Vaccination in Bombay 1902-1912 - 1902-1912
Year: 1902
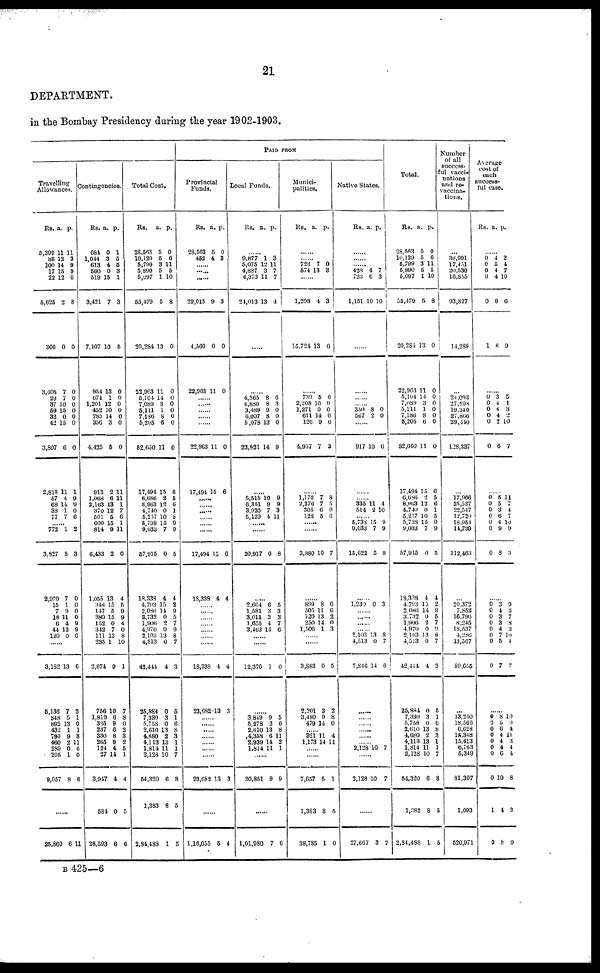
21
DEPARTMENT.
in the Bombay Presidency during the year 1902-1903.
Travelling
Allowances.
Rs.
5,399
83
100
17
22
5,625
360
3,605
29
37
59
32
42
3,807
2,813
57
68
38
77
a.
11
12
14
15
12
2
0
7
7
10
15
0
15
6
11
4
14
1
7
p.
11
3
9
9
0
8
0
0
0
0
0
0
0
0
1
9
9
0
6
......
772
3,927
2,970
15
7
18
6
44
120
1
8
7
1
9
11
4
12
0
2
3
0
0
0
0
9
9
0
......
3,182
5,136
848
892
43
793
460
289
205
9,057
13
7
5
13
1
9
2
0
0
8
6
3
1
0
1
8
11
6
0
6
......
25,860 6
11
Contingencies.
Rs.
684
1,044
613
560
619
3,421
7,107
954
674
1,201
452
785
356
4,425
913
1,068
2,163
370
501
600
814
6,433
1,055
348
147
280
152
342
111
235
2,674
756
1,819
335
237
330
265
124
27
3,917
584
28,593
a.
0
3
4
0
15
7
10
13
1
12
10
14
3
5
2
6
13
12
5
15
9
2
13
15
5
15
0
7
13
1
9
10
6
9
6
8
9
4
11
4
0
6
p.
1
5
5
3
1
3
5
0
0
0
0
0
0
0
11
11
1
7
6
1
11
0
4
5
9
9
4
0
8
10
1
7
8
0
2
3
2
5
1
4
5
6
Total Cost.
Rs.
28,563
10,129
5,799
5,890
5,097
55,479
20,284
22,963
5,104
7,089
5,111
7,186
5,205
62,660
17,494
6,686
8,963
4,740
5,257
5,738
9,033
57,915
18,338
4,793
2,086
3,732
1,906
4,970
2,103
4,513
42,444
25,884
7,330
5,758
2,610
4,680
4,113
1,814
2,128
54,320
1,383
2,84,488
a.
5
5
3
5
1
5
13
11
14
3
1
8
6
11
15
2
12
0
10
15
7
0
4
15
14
0
2
0
13
0
4
0
3
0
13
2
13
11
10
6
8
1
p.
0
6
11
5
10
8
0
0
0
0
0
0
0
0
6
5
6
1
5
9
9
5
4
2
9
5
7
9
8
7
3
5
1
6
8
3
1
1
7
8
5
5
PAID FROM
Provincial
Funds.
Rs.
28,563
452
a.
5
4
p.
0
3
......
......
......
29,015
4,560
22,963
9
0
11
3
0
0
......
......
......
......
......
22,963
17,494
11
15
0
6
......
......
......
......
......
17,494
18,338
15
4
6
4
......
......
......
......
......
......
......
18,338
23,682
4
13
4
3
......
......
......
......
......
......
......
23,682 13 3
......
1,16,055 5 4
Local Funds.
Rs. a. p.
......
9,677
5,075
4,887
4,373
24,013
1
12
3
11
13
3
11
7
7
4
......
......
4,365
4,880
3,489
6,007
5,078
23,821
8
8
9
8
13
14
6
3
0
0
0
9
......
5,515
6,351
3,920
5,129
10
9
7
4
9
9
3
11
......
20,917 0 8
......
2,664
1,581
3,011
1,655
3,463
6
3
3
4
15
5
3
3
7
6
......
......
12,376 1 0
......
3,849
5,278
2,610
4,358
2,939
1,814
9
2
13
6
14
11
5
6
8
11
2
1
......
20,851 9 9
1,01,980 7 6
Munici-
palities.
Rs. a. p.
......
......
723
574
7
13
0
3
......
1,298
15,724
4
13
3
0
......
739
2,208
1,271
611
126
4,957
5
10
0
14
9
7
6
9
0
0
0
3
......
1,170
2,276
305
128
7
7
0
5
8
5
0
6
......
3,880 10 7
......
899
505
720
250
1,506
8
11
13
14
1
6
6
2
0
3
......
......
3,883
2,201
3,480
479
0
3
9
14
5
2
8
0
......
321
1,173
11
14
4
11
......
......
7,657
1,383
38,785
5
8
1
1
5
0
Native States.
Rs. a. p.
......
......
......
428
723
1,151
4
6
10
7
3
10
......
......
......
......
350
567
8
2
0
0
......
917 10 0
......
......
335
514
11
2
4
10
......
5,738
9,033
15,622
15
7
5
9
9
8
......
1,230 0 3
......
......
......
2,103
4,513
7,846
13
0
14
8
7
6
......
......
......
......
......
......
2,126 10 7
2,128 10 7
......
27,667 3 7
Total.
Rs.
28,563
10,129
5,799
5,890
5,097
55,479
20,284
22,963
5,104
7,089
5,111
7,186
5,205
52,660
17,494
6,686
8,963
4,740
5,257
5,738
9,033
57,915
19,338
4,793
2,086
3,732
1,906
4,970
2,103
4,513
42,444
25,884
7,330
5,758
2,610
4,680
4,113
1,814
2,128
54,320
1,383
2,84,488
a.
5
5
3
5
1
5
13
11
14
3
1
8
6
11
15
2
12
0
10
15
7
0
4
15
14
0
2
0
13
0
4
0
3
0
13
2
13
11
10
6
6
1
p.
0
6
11
5
10
8
0
0
0
0
0
0
0
0
6
5
6
1
5
9
9
5
4
2 9
5
7
9
8
7
3
5
1
6
8
3
1
1
7
8
5
5
Number
of all
success¬
ful vacci-
nations
and re¬
vaccina¬
tions.
...
38,991
17,451
20,530
16,855
93,827
14,289
...
24,093
27,598
19,340
27,866
29,440
128,337
...
17,966
25,537
22,547
12,720
18,954
11,739
112,463
...
20,372
7,852
16,796
8,245
18,537
4,286
13,567
89,655
...
13,240
18,566
6,628
15.348
15,413
6,703
5,349
81,307
1,093
520,971
Average
cost of
each
success-
ful case.
Rs. a. p.
......
0
0
0
0
0
1
4
5
4
4
9
6
2
4
7
10
6
9
......
0
0
0
0
0
0
3
4
4
4
2
6
5
1
3
2
10
7
......
0
0
0
0
0
0
0
5
5
3
6
4
9
8
11
7
4
7
10
9
3
......
0
0
0
0
0
0
0
0
3
4
3
3
4
7
5
7
0
3
7
8
3
10
4
7
......
0
0
0
0
0
0
0
0
1
0
8
5
6
4
4
4
6
10
4
8
10
0
4
11
3
4
4
8
3
9
B 425—6